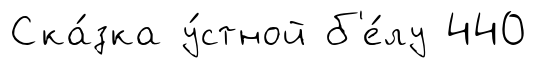
Ска́зка у́стной б'е́лу 440